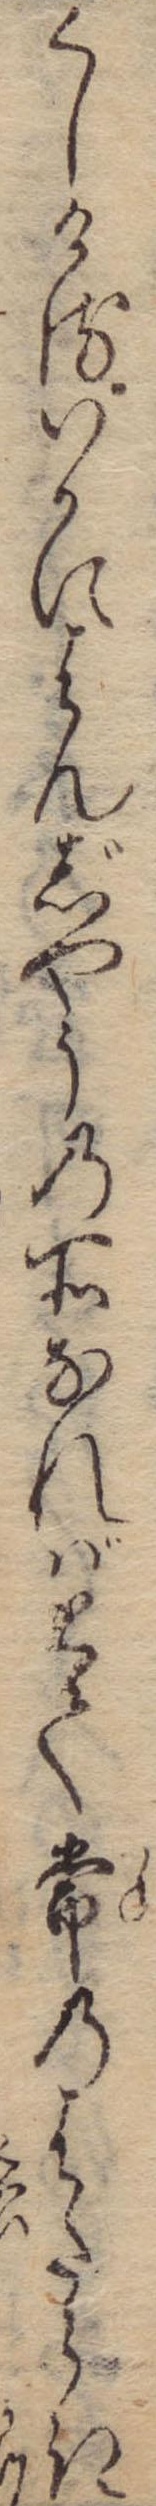
くしけるいかにはんじやうの所なればとて常のはたらき